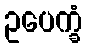
ဥပေက္ခံ